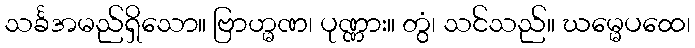
သင်္ခအမည်ရှိသော။ ဗြာဟ္မဏ၊ ပုဏ္ဏား။ တွံ၊ သင်သည်။ ဃမ္မေပထေ၊